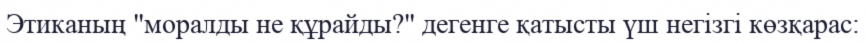
Этиканың "моралды не құрайды?" дегенге қатысты үш негізгі көзқарас: